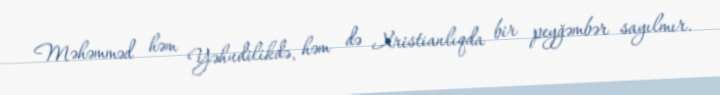
Məhəmməd həm Yəhudilikdə, həm də Xristianlıqda bir peyğəmbər sayılmır.